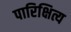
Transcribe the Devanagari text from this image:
पारिक्षित्य